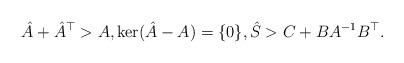
LaTeX: \begin{align*} \hat{A} + \hat{A}^\top > A, \ker (\hat{A} - A) = \{0\}, \hat{S} > C + B A^{-1} B^\top.\end{align*}